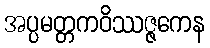
အပ္ပမတ္တကဝိဿဇ္ဇကေန